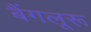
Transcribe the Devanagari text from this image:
बैंगलूरू